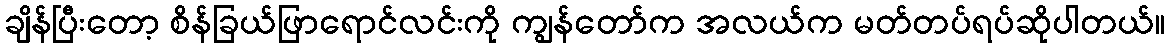
ချိန်ပြီးတော့ စိန်ခြယ်ဖြာရောင်လင်းကို ကျွန်တော်က အလယ်က မတ်တပ်ရပ်ဆိုပါတယ်။